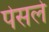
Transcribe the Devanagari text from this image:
पेसले